Black-water fever - Number 35
Disease focus: Fever
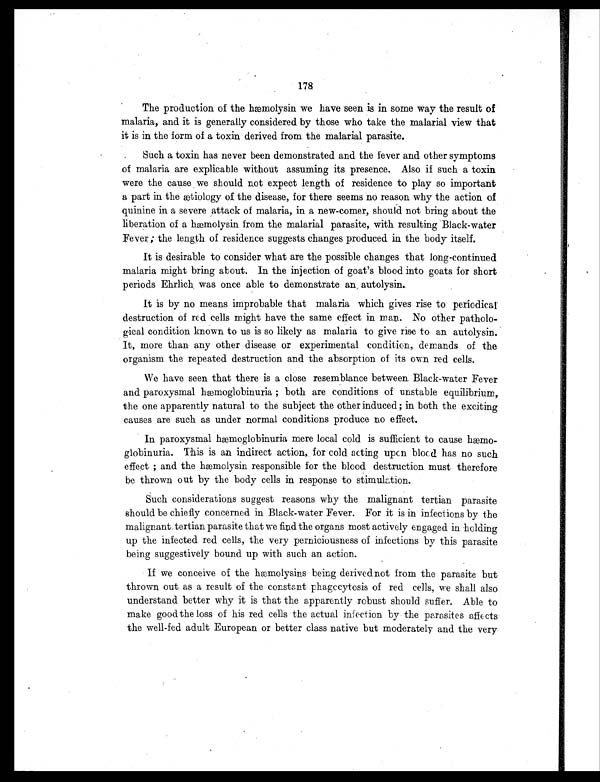
178
The production of the hæmolysin we have seen is in some way the result of
malaria, and it is generally considered by those who take the malarial view that
it is in the form of a toxin derived from the malarial parasite.
Such a toxin has never been demonstrated and the fever and other symptoms
of malaria are explicable without assuming its presence. Also if such a toxin
were the cause we should not expect length of residence to play so important
a part in the ætiology of the disease, for there seems no reason why the action of
quinine in a severe attack of malaria, in a new-comer, should not bring about the
liberation of a hæmolysin from the malarial parasite, with resulting Black-water
Fever ; the length of residence suggests changes produced in the body itself.
It is desirable to consider what are the possible changes that long-continued
malaria might bring about. In the injection of goat's blood into goats for short
periods Ehrlich was once able to demonstrate an, autolysin.
It is by no means improbable that malaria which gives rise to periodical
destruction of red cells might have the same effect in man. No other patholo-
gical condition known to us is so likely as malaria to give rise to an autolysin.
It, more than any other disease or experimental condition, demands of the
organism the repeated destruction and the absorption of its own red cells.
We have seen that there is a close resemblance between. Black-water Fever
and paroxysmal hæmoglobinuria ; both are conditions of unstable equilibrium,
the one apparently natural to the subject the other induced; in both the exciting
causes are such as under normal conditions produce no effect.
In paroxysmal hæmoglobinuria mere local cold is sufficient to cause hæmo
- g l o b i n u r i a . T h i s i s a n i n d i r e c t a c t i o n , f o r c o l d a c t i n g u p o n b l o o d h a s n o s u c h
effect ; and the hæmolysin responsible for the blood destruction must therefore
be thrown out by the body cells in response to stimulation.
Such considerations suggest reasons why the malignant tertian parasite
should be chiefly concerned in Black-water Fever. For it is in infections by the
malignant tertian parasite that we find the organs most actively engaged in holding
up the infected red cells, the very perniciousness of infections by this parasite
being suggestively bound up with such an action.
If we conceive of the hæmolysins being derived not from the parasite but
thrown out as a result of the constant phagccytosis of red cells, we shall also
understand better why it is that the apparently robust should suffer. Able to
make good the loss of his red cells the actual infection by the parasites affects
the well-fed adult European or better class native but moderately and the very